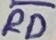
Text: RD